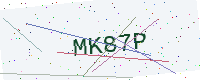
Text: MK87P